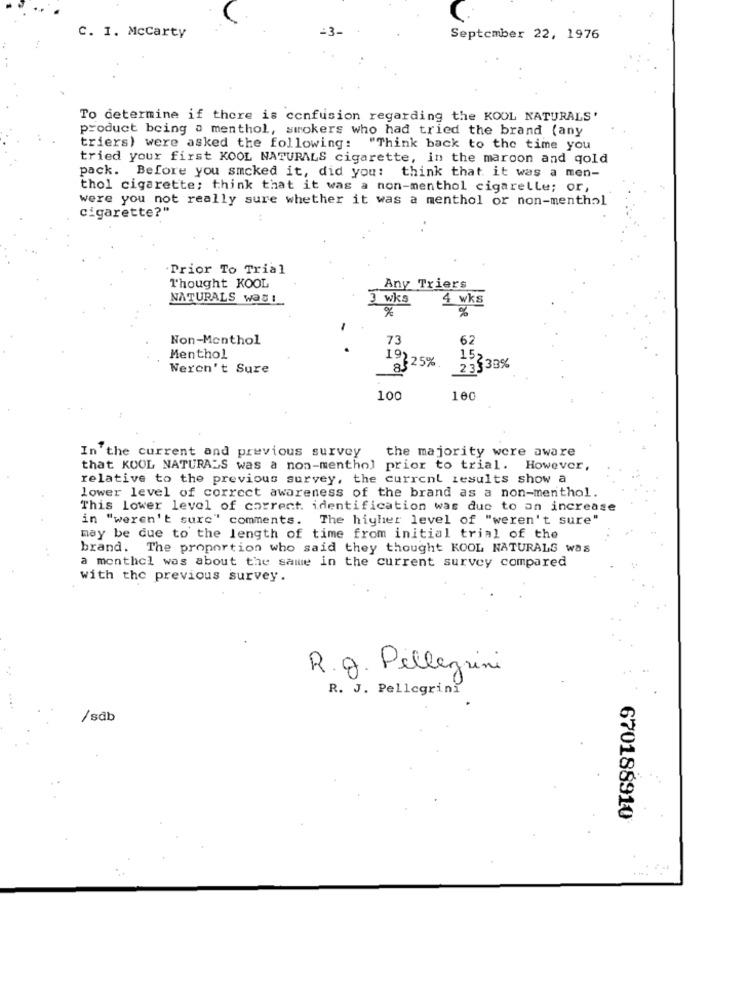
C. I. Mccarty
September 22, 1976
To determine if there is confusion regarding the KOOL NATURALS'
product being a menthol, smokers who had tried the brand (any
triers) were asked the following: "Think back to the time you
tried your first KOOL NATURALS cigarette, in the maroon and gold
pack. Before you smoked it, did you: think that it was a men-
thol cigarette; think that it was a non-menthol cigarelle; or,
were you not really sure whether it was a menthol or non-menthol
cigarette?"
. Prior To Trial
Thought KOOL
Any Triers
NATURALS was:
3 wks
4 wks
%
Non-Menthol
73
62
.
Menthol
19).
8525%
15
Weren't Sure
23533%
100
100
In the current and previous survey
the majority were aware
that KOOL NATURALS was a non-menthol prior to trial. However,
relative to the previous survey, the current results show a
lower level of correct awareness of the brand as a non-menthol.
This Lower level of correct. identification was due to an increase
in "weren't sure" comments. The higher level of "weren't sure"
may be due to the length of time from initial trial of the
brand. The proportion who said they thought KOOL NATURALS was
a monthel was about the same in the current survey compared
with the previous survey.
R.g. Pellegrini
R. J. Pellegrini
/sdb
670188910